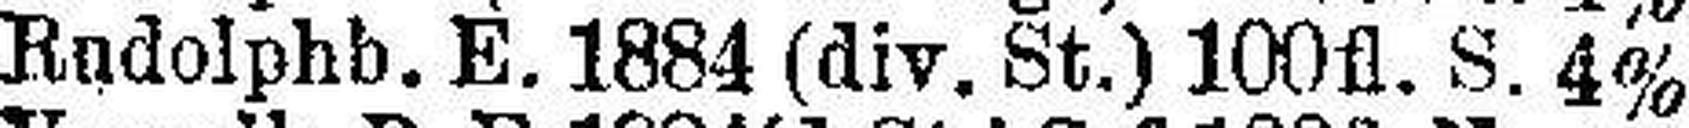
Rudolphb. E. 1884 (div. St.) 100 fl. S. 4%